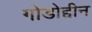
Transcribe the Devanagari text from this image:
गोडोद्दीन